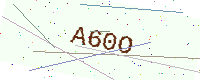
Text: A60O